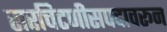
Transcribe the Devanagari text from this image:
सरचिटणीसपदावरून